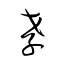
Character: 孝